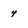
Character: 4